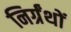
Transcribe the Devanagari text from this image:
निर्ग्रंथों